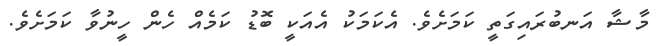
މާޝާ އަނބުރައިގަތީ ކަމަށެވެ. އެކަމަކު އެއަކީ ބޮޑު ކަމެއް ހެން ހީނުވާ ކަމަށެވެ.